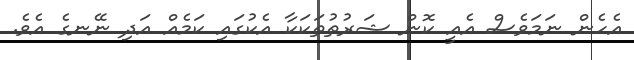
އެހެން ނަމަވެސް އެއީ ކޮން ޝަރުތުތަކަކާ އެކުގައި ކަމެއް އަދި ނޭނގެ އެވެ.